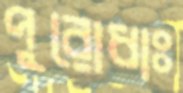
পুরোধাঃ